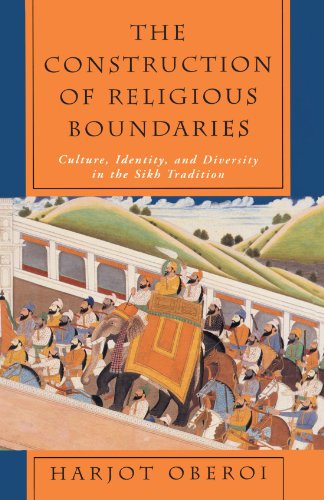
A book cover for The Construction of Religious Boundaries: Culture, Identity, and Diversity in the Sikh Tradition; Harjot Oberoi; Religion & Spirituality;